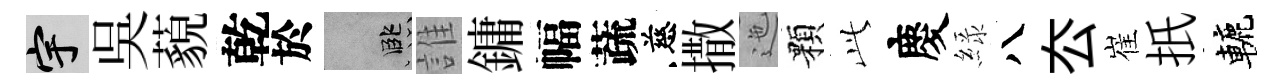
宇吳藐乾於孟誰鏞幅蔬慈撒迤顆𬼘慶緑八厺崔扺轆